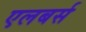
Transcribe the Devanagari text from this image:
एलबर्स